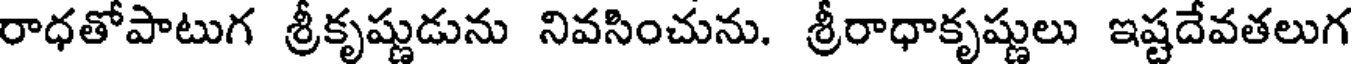
రాధతోపాటుగ శ్రీకృష్ణుడును నివసించును. శ్రీరాధాకృష్ణులు ఇష్టదేవతలుగ